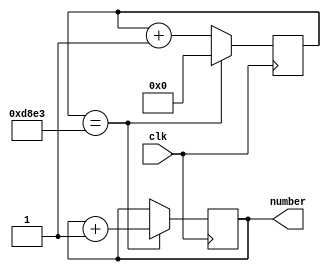
`timescale 1ns / 1ps
//////////////////////////////////////////////////////////////////////////////////
// Company: 
// Engineer: 
// 
// Design Name: 
// Module Name: suedo_random
// Project Name: 
// Target Devices: 
// Tool Versions: 
// Description: 
// 
// Dependencies: 
// 
// Revision:
// Revision 0.01 - File Created
// Additional Comments:
// 
//////////////////////////////////////////////////////////////////////////////////


module suedo_random(
    input clk,
    output reg [1:0] number
    );
    
    reg[15:0] counter;
    always @(posedge clk)begin
        if(counter == 55523) begin
            counter <= 0;
            number <= number+1;
        end
        else counter <= counter+1;
    end
endmodule